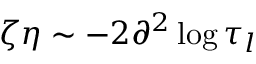
\zeta \eta \sim - 2 \partial ^ { 2 } \log \tau _ { l }